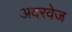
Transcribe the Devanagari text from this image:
अदरवेज